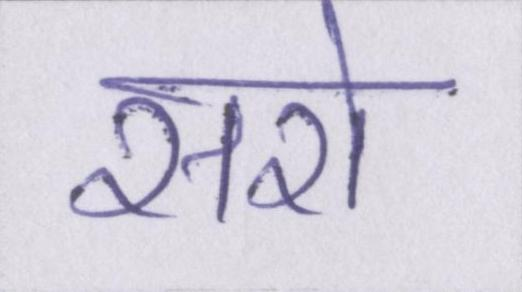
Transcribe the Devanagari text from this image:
सरो